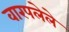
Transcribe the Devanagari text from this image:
वारपलेले